Vital statistics of India. Vol. IV, Annual returns from 1871 to 1876. British Army of India, Native Army and jails of Bengal
Year: 1871
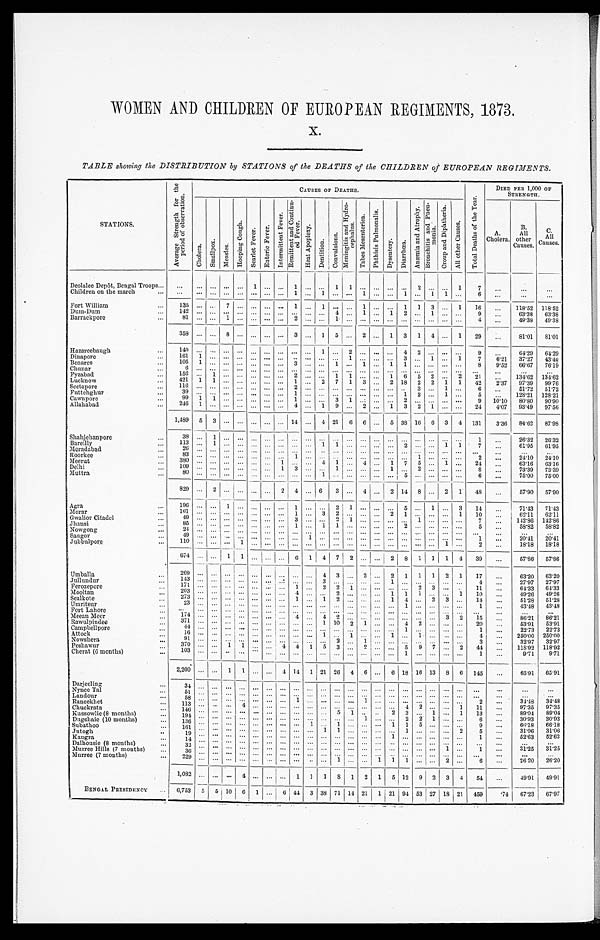
WOMEN AND CHILDREN OF EUROPEAN REGIMENTS, 1873.
x.
TABLE showing the DISTRIBUTION by STATIONS of the DEATHS of the CHILDREN of EUROPEAN REGIMENTS.
STATIONS
A v e r a g e S t r e n g t h f o r t h e p e r i o d o f o b s e r v a t i o n .
CAUSES OF DEATHS.
T o t a l D e a t h s o f t h e Y e a r .
DIED PER 1,000 OF
STRENGTH.
Ch o l e r a . S m a l l p o x . M e a s l e s .
H o o p i n g C o u g h .
S c a r l e t F e v e r .
E n t e r i c F e v e r .
I n t e r m i t t e n t a n d C o n t i n u - e d F e v e r .
R e m i t t e n t a n d C o n t i n u - e d F e v e r s .
H e a t A p o p l e x y .
D e n t i t i o n .
Co n v u l s i o n s .
M e n i n g i t i s a n d H y d r o - c e p h a l u s .
T a b e s M e s e n t e r i c a .
P h t h i s i s P u l m o n a l i s .
D y s e n t e r y . D i a r r h œ a .
A n æ m i a a n d A t r o p h y . B r o n c h i t i s a n d p n e u - m o n i a .
C r o u p a n d D i p h t h e r i a .
A l l o t h e r C a u s e s .
A.
Cholera.
B.
All
other
Causes.
C.
All
Causes.
Deolalee Depôt, Bengal Troops . . .
. . .
. . .
. . . . . .
. . . 1
. . . . . .
1
. . . . . .
1 1
. . .
. . .
. . .
. . . 2
. . .
. . . 1
7
. . .
. . .
. . .
Children on the march . . .
. . .
. . .
. . . . . .
. . .
. . .
. . . . . .
1
. . . 1
. . .
. . .
1
. . .
. . .
1
. . . 1
1
. . .
6
. . .
. . .
. . .
Fort William . . .
135 . . .
. . . 7
. . . . . .
. . . . . . 1
. . .
1
. . . . . . 1
. . .
. . . 1 1 3
. . . 1
16
. . . 118.52 118.52
Dum-Dum . . .
1 4 2
. . .
. . . . . .
. . .
. . . . . .
. . .
. . .
. . .
. . . 4 . . .
1
. . .
1
2
. . . 1
. . .
. . .
9
. . . 63.38 63.38
Barrackpore . . .
8 1
. . .
. . . 1
. . .
. . . . . .
. . .
2
. . .
. . . 1 . . .
. . . . . .
. . .
. . .
. . . . . . . . .
. . .
4
. . . 49.38
49.38
358 . . .
. . . 8
. . .
. . .
. . . . . . 3
. . . 1 5 . . .
2
. . . 1 3 1 4
. . . 1
29
. . .
81.01
81.01
Hazareebaugh . . .
1 4 0
. . .
. . . . . .
. . .
. . . . . .
. . .
. . .
. . .
1
. . .
2
. . . . . .
. . .
4
2
. . .
. . .
. . .
9 . . .
64.29 64.29
Dinapore . . .
1 6 1
1
. . . . . .
. . .
. . . . . .
. . .
. . .
. . .
. . .
. . .
1
. . . . . .
. . .
3
. . . 1
. . .
1
7 6.21
37.27
43.48
Benares . . .
1 0 5
1
. . . . . .
. . .
. . . . . .
. . .
3
. . .
. . .
1
. . .
1
. . .
1
1
. . . . . .
. . .
. . . 8
9.52 66.67
76.19
Chunar . . .
6 . . .
. . . . . .
. . .
. . . . . .
. . .
. . .
. . .
. . .
. . .
. . .
. . . . . .
. . .
. . .
. . . . . .
. . .
. . .
. . .
. . .
. . .
. . .
Fyzabad . . .
156 . . . 1 . . .
. . . . . .
. . . . . . 2
. . .
. . . 1 1
. . . . . . 1 6
5 2
. . . 2
21
. . . 134.62 134.62
Lucknow . . .
421 1 1 . . .
. . .
. . . . . . . . . 1
. . . 2 7 1 3
. . . 2 18 2 2 1 1
42
2.37 97.39 99.76
Seetapore . . .
1 1 6
. . .
. . . . . .
. . .
. . . . . .
. . .
2
. . .
. . .
. . .
. . .
. . . . . .
. . .
. . .
3
. . .
1
. . . 6
. . . 51.72
51.72
Futtehghur . . .
3 9
. . .
. . . . . .
. . .
. . . . . .
. . .
1
. . .
. . .
. . .
. . .
. . . . . .
. . .
1
2
. . .
1
. . .
5
. . . 128.21 128.21
Cawnpore . . .
9 9
1
1 . . .
. . . . . .
. . . . . .
1
. . .
. . .
3
1
. . . . . .
. . .
2
. . . . . .
. . .
. . . 9
10.10
80.80 90.90
Allahabad . . .
246 1
. . . . . .
. . .
. . .
. . . . . . 4
. . . 1 9
. . . 2
. . . 1 3 2 1
. . .
. . . 24
4.07 93.49
97.56
1,489 5 3 . . .
. . .
. . . . . .
. . .
14
. . . 4 21 6 6
. . . 5 38 16
6
3
4 131
3.36
84.62
87.98
Shahjehanporce . . .
38
. . . 1
. . .
. . . . . .
. . .
. . .
. . .
. . .
. . .
. . .
. . .
. . . . . .
. . .
. . .
. . .
. . . . . .
. . . 1
. . . 26.32
26.32
Bareilly . . .
1 1 3 . . .
1
. . .
. . . . . .
. . .
. . . . . .
. . .
1
1
. . .
. . . . . .
. . .
2
. . .
. . . 1
1
7
. . . 61.95
61.95
Moradabad . . .
2 6 . . .
. . .
. . .
. . . . . .
. . .
. . . . . .
. . .
. . .
. . .
. . .
. . . . . .
. . .
. . .
. . .
. . . . . .
. . .
. . .
. . .
. . .
. . .
8 3 . . .
. . .
. . .
. . . . . .
. . .
. . . . . .
1
. . .
. . .
. . .
. . . . . .
. . .
. . .
1
. . . . . .
. . . 2
. . . 24.10
24.10
Roorkee . . .
Meerut . . .
3 8 0 . . .
. . .
. . .
. . . . . .
. . .
1
. . .
. . .
4
1
. . .
4
. . .
1 7
5
. . . 1
. . .
2 4
. . . 63.16
63.16
Delhi . . .
1 0 9 . . .
. . .
. . .
. . . . . .
. . .
1
3
. . .
. . .
1
. . .
. . . . . .
1 . . .
2
. . . . . .
. . .
8
. . . 73.39 73.39
Muttra . . .
8 0 . . .
. . .
. . .
. . . . . .
. . .
. . . . . .
. . .
1
. . .
. . .
. . .
. . .
. . . 5
. . .
. . . . . .
. . . 6
. . . 75.00
75.00
829
. . .
2
. . .
. . .
. . .
. . . 2 4
. . . 6
3
. . .
4
. . . 2 14 8
. . . 2 1
48
. . . 57.90
57.90
Agra . . .
1 9 6 . . .
. . .
1
. . . . . .
. . .
. . . 1
. . .
. . .
2
1 . . .
. . . . . .
5
. . . 1
. . . 3
1 4
. . .
71.43
71.43
Morar . . .
161
. . .
. . .
. . .
. . .
. . .
. . .
. . .
1
. . .
3 2
. . .
. . .
. . . 2 1
. . . . . .
. . . 1
1 0
. . .
62.11
62.11
Gwalior Citadel . . .
4 9 . . .
. . .
. . .
. . . . . .
. . .
. . .
3
. . .
. . .
2
1 . . .
. . . . . .
. . .
1 . . .
. . . . . . 7
. . .
142 . 8 6 142.86
Jhansi . . .
8 5 . . .
. . .
. . .
. . . . . .
. . .
. . . 1
. . .
1 1
. . .
. . .
. . . . . .
2
. . . . . .
. . . . . . 5
. . .
58.82
58.82
Nowgong . . .
24
. . .
. . .
. . .
. . . . . .
. . .
. . . . . .
. . .
. . .
. . .
. . .
. . .
. . . . . .
. . .
. . . . . .
. . . . . .
. . . . . .
. . .
. . .
Saugor . . .
4 9 . . .
. . .
. . .
. . . . . .
. . .
. . . . . .
1
. . .
. . .
. . .
. . .
. . . . . .
. . .
. . . . . .
. . . . . . 1
. . .
20.41
20.41
Jubbulpore . . .
1 1 0 . . .
. . .
. . .
1
. . .
. . .
. . . . . .
. . .
. . . . . . . . . . . .
. . .
. . . . . .
. . .
. . .
1
. . .
2 . . .
1 8 . 1 8
1 8 . 1 8
674
. . .
. . . 1 1
. . .
. . .
. . .
6
1 4 7 2 . . .
. . . 2 8
1
1 1
4 39
. . .
57.86
57.86
Umballa . . .
269
. . .
. . .
. . .
. . . . . .
. . .
. . .
. . .
. . . 4 3
. . .
2
. . . 2 1 1 1 2 1
17
. . .
63.20
6 3 . 2 0
143
. . .
. . .
. . .
. . . . . .
. . .
. . .
. . .
. . .
3 . . .
. . .
. . .
. . .
1
. . .
. . .
. . .
. . .
. . .
4
. . .
27.97
27.97
Jullundur . . .
171
. . .
. . .
. . .
. . . . . .
. . .
. . .
1
. . .
2 2
1 . . .
. . .
. . .
. . .
2
3
. . .
. . . 11
. . .
64.33 64.33
Ferozepore . . .
203
. . .
. . .
. . .
. . . . . .
. . .
. . .
4
. . .
. . . 2
. . .
. . .
. . .
1
1
1
. . .
. . .
1
1 0
. . .
49.26 49.26
Mooltan . . .
273
. . .
. . .
. . .
. . . . . .
. . .
. . .
1
. . .
1 2
. . .
. . .
. . .
1
4
. . .
2
3
. . .
1 4
. . .
51.28
51.28
Sealkote . . .
23
. . .
. . .
. . .
. . . . . .
. . .
. . .
. . .
. . . . . . . . .
. . . . . .
. . .
. . .
1
. . .
. . .
. . .
. . . 1
. . .
43.48 43.48
Umritsur . . .
Fort Lahore . . .
. . .
. . .
. . .
. . .
. . . . . .
. . .
. . .
. . .
. . . . . . . . .
. . . . . .
. . .
. . .
. . . . . .
. . .
. . .
. . .
. . .
. . .
. . .
. . .
174
. . .
. . .
. . .
. . . . . .
. . .
. . .
4
. . .
4 2
. . . . . .
. . . . . .
. . .
. . .
. . .
3
2
1 5
. . .
86.21 86.21
Meean Meer . . .
371
. . .
. . .
. . .
. . . . . .
. . .
. . .
. . .
. . .
1 10
2 1
. . .
. . .
4
2
. . .
. . .
. . .
2 0
. . .
53.91 53.91
Rawulpin dee . . .
44
. . .
. . .
. . .
. . . . . .
. . .
. . .
. . .
. . .
. . . . . .
. . .
. . .
. . .
. . .
1
. . .
. . .
. . .
. . . 1
. . .
22.73
22.73
Campbellpore . . .
16
. . .
. . .
. . .
. . . . . .
. . .
. . .
. . .
. . .
1 . . .
1 . . .
. . .
1
. . .
1
. . .
. . .
. . . 4
. . .
250.00 250.00
Attock . . .
91
. . .
. . .
. . .
. . . . . .
. . .
. . .
. . .
. . .
. . . 2
. . . 1
. . .
. . .
. . .
. . .
. . .
. . .
. . . 3
. . .
32.97
32.97
Nowshera . . .
370
. . .
. . . 1
1 . . .
. . .
4
4
1 5 3
. . . 2
. . .
. . . 5 9 7
. . . 2
44
. . .
118.92 118.92
Peshawur . . .
103
. . .
. . .
. . .
. . .
. . . . . .
. . .
. . .
. . .
. . . . . .
. . . . . .
. . .
. . .
1
. . .
. . .
. . .
. . .
1
. . .
9.71
9.71
Cherat (6 months) . . .
2,200
. . .
. . . 1 1
. . . . . . 4 14 1 21 26 4 6
. . . 6 18 16 13
8 6 145
. . .
65.91
65.91
Darjeeling . . .
3 4
. . .
. . . . . .
. . .
. . .
. . .
. . .
. . .
. . .
. . .
. . . . . . . . .
. . .
. . .
. . . . . . . . .
. . .
. . .
. . .
. . .
. . .
. . .
Nynee Tal . . .
5 1
. . .
. . . . . .
. . . . . .
. . .
. . .
. . .
. . . . . .
. . .
. . . . . .
. . . . . .
. . .
. . .
. . .
. . .
. . .
. . .
. . .
. . .
. . .
Landour . . .
5 8
. . .
. . . . . .
. . . . . .
. . .
. . .
1
. . . . . .
. . . . . .
1
. . . . . .
. . .
. . . . . .
. . .
. . .
2
. . . 34.48
3 4 . 4 8
Raneekhet . . .
1 1 3
. . .
. . . . . .
4 . . .
. . .
. . .
. . .
. . . . . .
. . . . . .
. . .
. . . . . .
4
2
. . .
. . .
1
1 1
. . . 97.35
97.35
Chuckrata . . .
1 4 6
. . .
. . . . . .
. . . . . .
. . .
. . .
. . .
. . . . . .
5
1 . . .
. . . 2
3
. . . 1
. . .
1
1 3
. . . 89.04 89.04
Kussowlie (8 months) . . .
1 9 4
. . .
. . . . . .
. . . . . .
. . .
. . .
. . .
. . . . . .
. . . . . .
1
. . . . . .
2
2
1
. . .
. . .
6
. . . 30.93 30.93
Dugshaie (10 months) . . .
136
. . . . . .
. . .
. . . . . .
. . .
. . .
. . .
1 . . .
1
. . .
. . .
. . . 1
1
5
. . .
. . .
. . . 9
. . .
66.18
66.18
Subathoo . . .
1 6 1
. . . . . .
. . .
. . . . . .
. . .
. . .
. . .
. . . 1
1
. . .
. . .
. . . . . .
1
. . . . . .
. . .
. . 2 5
. . .
31.06
31.06
Jutogh . . .
19
. . . . . .
. . .
. . . . . .
. . .
. . .
. . .
. . . . . .
. . . . . .
. . .
. . . 1
. . .
. . . . . .
. . .
. . . 1
. . .
52.63 52.63
Kangra . . .
1 4
. . . . . .
. . .
. . . . . .
. . .
. . .
. . .
. . . . . .
. . .
. . . . . .
. . . . . .
. . .
. . . . . .
. . .
. . .
. . .
. . .
. . .
. . .
Dalhousie (8 months) . . .
3 2
. . . . . .
. . .
. . . . . .
. . .
. . .
. . .
. . . . . .
. . .
. . . . . .
. . . . . .
. . . . . .
. . . 1
. . .
1
. . .
31.25
31.25
Murree Hills (7 months) . . .
36
. . . . . .
. . .
. . . . . .
. . .
. . .
. . . . . . . . .
. . .
. . . . . .
. . . . . .
. . .
. . .
. . .
. . .
. . .
. . .
. . .
. . .
. . .
Murree (7 months) . . .
229
. . . . . .
. . .
. . . . . .
. . .
. . .
. . .
. . . . . .
1
. . .
. . .
1 1
1
. . . . . .
2
. . . 6
. . .
26.20
26.20
1,082
. . .
. . .
. . . 4
. . .
. . .
. . . 1 1
1
8 1 2 1 5 12 9 2 3 4
54
. . .
49.91
49.91
BENGAL PRESIDENCY
. . . 6,753 5 5 10 6 1
. . .
6
44 3 38 71 14 21 1 21 94 53 27 18 21 459
.74
67.23 67.97